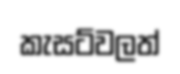
කැසට්වලත්